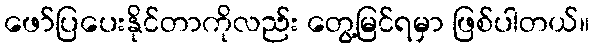
ဖော်ပြပေးနိုင်တာကိုလည်း တွေ့မြင်ရမှာ ဖြစ်ပါတယ်။